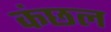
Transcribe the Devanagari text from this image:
कंछल